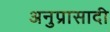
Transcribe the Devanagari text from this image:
अनुप्रासादी